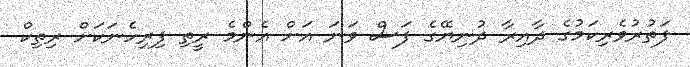
ފަތުރުވެރިކަމުގެ ދާއިރާ ދުނިޔޭގެ ފަސް ވަނަ އަށް އެންމެ ރީތި ފިރިހެނަކަށް ރިތިކް